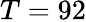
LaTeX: T=92